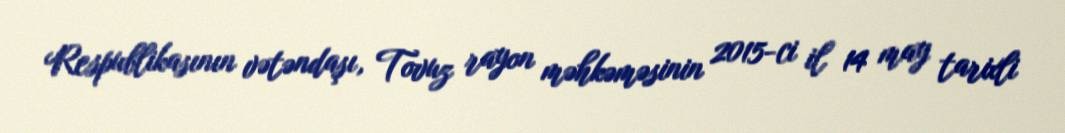
Respublikasının vətəndaşı, Tovuz rayon məhkəməsinin 2015-ci il 14 may tarixli